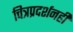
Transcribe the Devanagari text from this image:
चित्रप्रदर्शनही